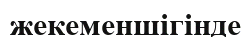
жекеменшігінде